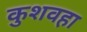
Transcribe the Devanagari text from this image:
कुशवहा